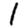
Digit: 1